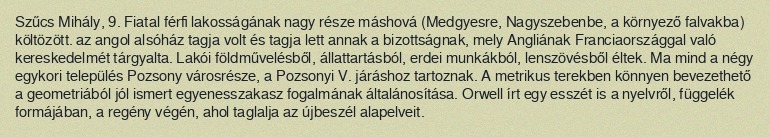
Szűcs Mihály, 9. Fiatal férfi lakosságának nagy része máshová (Medgyesre, Nagyszebenbe, a környező falvakba) költözött. az angol alsóház tagja volt és tagja lett annak a bizottságnak, mely Angliának Franciaországgal való kereskedelmét tárgyalta. Lakói földművelésből, állattartásból, erdei munkákból, lenszövésből éltek. Ma mind a négy egykori település Pozsony városrésze, a Pozsonyi V. járáshoz tartoznak. A metrikus terekben könnyen bevezethető a geometriából jól ismert egyenesszakasz fogalmának általánosítása. Orwell írt egy esszét is a nyelvről, függelék formájában, a regény végén, ahol taglalja az újbeszél alapelveit.